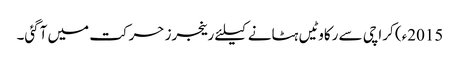
2015ء) کراچی سے رکاوٹیں ہٹانے کیلئے رینجرز حرکت میں آگئی۔